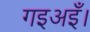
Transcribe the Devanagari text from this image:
गइअइँ।